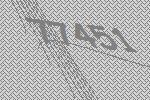
77451